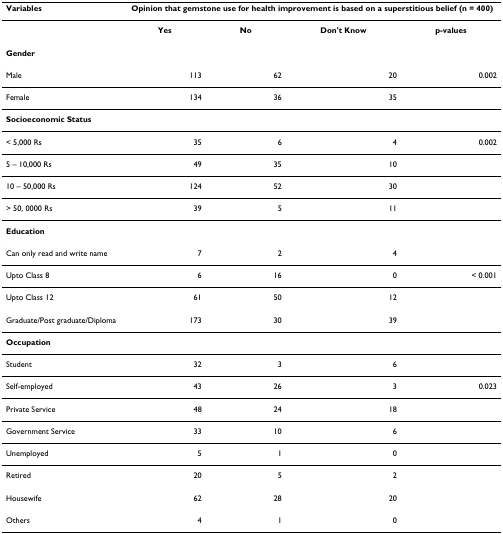
| Variables | <COLSPAN=4> Opinion that gemstone use for health improvement is based on a superstitious belief (n = 400) |
 | --- | --- | --- | --- | --- |
 |  | Yes | No | Don't Know | p-values |
 | Gender |  |  |  |  |
 | Male | 113 | 62 | 20 | 0.002 |
 | Female | 134 | 36 | 35 |  |
 | Socioeconomic Status |  |  |  |  |
 | < 5,000 Rs | 35 | 6 | 4 | 0.002 |
 | 5 – 10,000 Rs | 49 | 35 | 10 |  |
 | 10 – 50,000 Rs | 124 | 52 | 30 |  |
 | > 50, 0000 Rs | 39 | 5 | 11 |  |
 | Education |  |  |  |  |
 | Can only read and write name | 7 | 2 | 4 |  |
 | Upto Class 8 | 6 | 16 | 0 | < 0.001 |
 | Upto Class 12 | 61 | 50 | 12 |  |
 | Graduate/Post graduate/Diploma | 173 | 30 | 39 |  |
 | Occupation |  |  |  |  |
 | Student | 32 | 3 | 6 |  |
 | Self-employed | 43 | 26 | 3 | 0.023 |
 | Private Service | 48 | 24 | 18 |  |
 | Government Service | 33 | 10 | 6 |  |
 | Unemployed | 5 | 1 | 0 |  |
 | Retired | 20 | 5 | 2 |  |
 | Housewife | 62 | 28 | 20 |  |
 | Others | 4 | 1 | 0 |  |